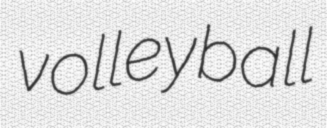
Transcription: volleyball